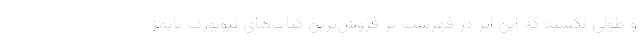
و طولی نکشید که این اثر در فهرست پر فروش‌ترین کتاب‌های نیویورک تایمز